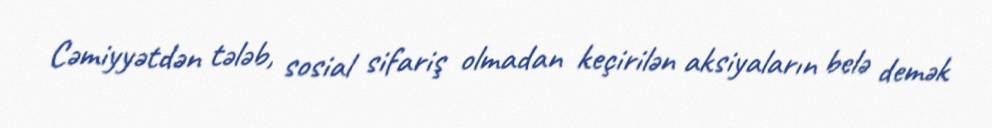
Cəmiyyətdən tələb, sosial sifariş olmadan keçirilən aksiyaların belə demək